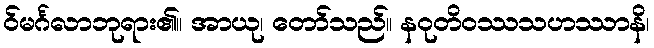
ဝ်မင်္ဂလာဘုရား၏။ အာယု၊ တော်သည်။ နဝုတိဝဿသဟဿာနိ၊